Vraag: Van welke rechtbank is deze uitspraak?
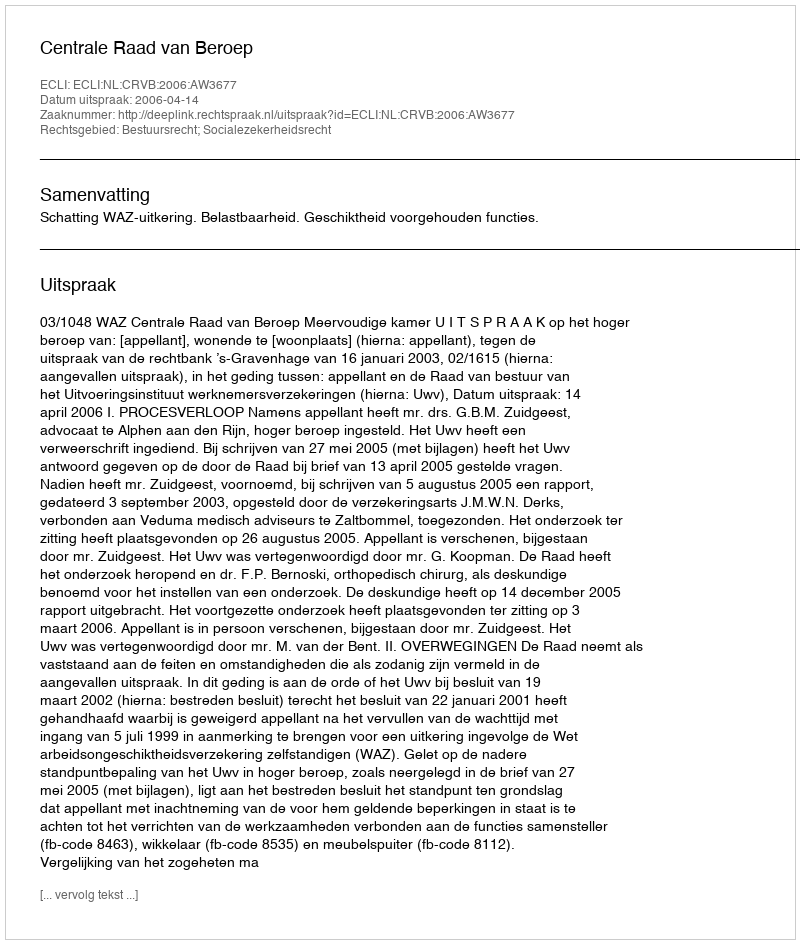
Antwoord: Centrale Raad van Beroep